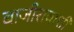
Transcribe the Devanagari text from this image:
बाजीरावाशीं